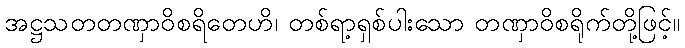
အဋ္ဌသတတဏှာဝိစရိတေဟိ၊ တစ်ရာ့ရှစ်ပါးသော တဏှာဝိစရိုက်တို့ဖြင့်။